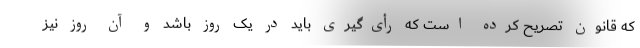
که قانون تصریح کرده است که رأی‌گیری باید در یک روز باشد و آن روز نیز